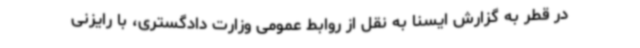
در قطر به گزارش ایسنا به نقل از روابط عمومی وزارت دادگستری، با رایزنی